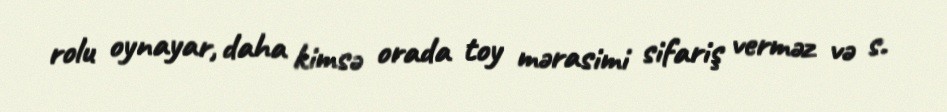
rolu oynayar, daha kimsə orada toy mərasimi sifariş verməz və s.